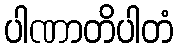
ပါဏာတိပါတံ